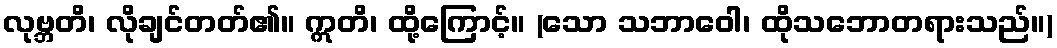
လုဗ္ဘတိ၊ လိုချင်တတ်၏။ ဣတိ၊ ထို့ကြောင့်။ (သော သဘာဝေါ၊ ထိုသဘောတရားသည်။)